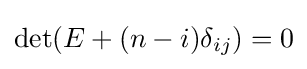
\det(E+(n-i)\delta _{ij})=0